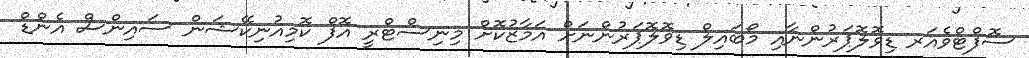
ސޮފްޓްވެއަރ ޑިވޮލޮޕަރުންނާއި މޯބައިލް ޑިވޮލޮޕަރުންނަށް އަމާޒުކޮށް މިނިސްޓްރީ އޮފް ކޮމިއުނިކޭޝަން ސައިންސް އެންޑް